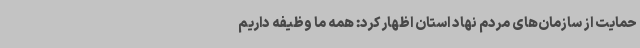
حمایت از سازمان‌های مردم‌ نهاد استان اظهار کرد: همه ما وظیفه داریم